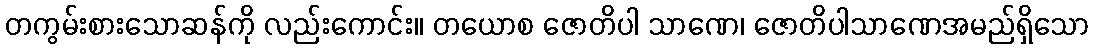
တကွမ်းစားသောဆန်ကို လည်းကောင်း။ တယောစ ဇောတိပါ သာဏေ၊ ဇောတိပါသာဏေအမည်ရှိသော